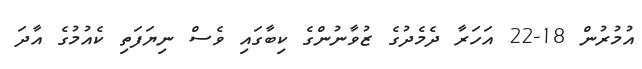
އުމުރުން 18-22 އަހަރާ ދެމެދުގެ ޒުވާނުންގެ ކިބާގައި ވެސް ނިޔަފަތި ކެއުމުގެ އާދަ